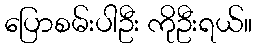
ပြောစမ်းပါဦး ကိုဦးရယ်။